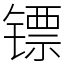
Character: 镖